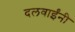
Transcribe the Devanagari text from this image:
दलवाईंनी